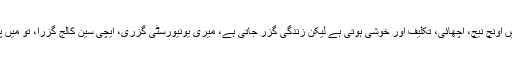
جو ماضی ہو جائے تو اس میں اونچ نیچ، اچھائی، تکلیف اور خوشی ہوتی ہے لیکن زندگی گزر جاتی ہے، میری یونیورسٹی گزری، ایچی سین کالج گزرا، تو میں پھر کبھی پیچھے نہیں دیکھتا۔